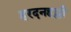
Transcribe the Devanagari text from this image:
हरदनहल्ली